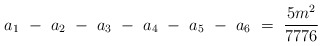
\begin{align*}a_1 ~-~ a_2 ~-~ a_3 ~-~ a_4 ~-~ a_5 ~-~ a_6 ~=~ \frac{5m^2}{7776}\end{align*}